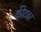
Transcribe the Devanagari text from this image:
कीटवर